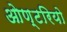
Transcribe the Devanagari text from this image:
ओण्टरियो